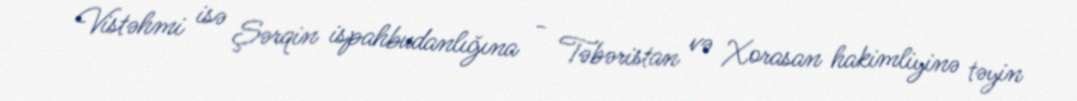
Vistəhmi isə Şərqin ispahbudanlığına - Təbəristan və Xorasan hakimliyinə təyin